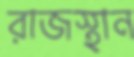
রাজস্থান